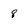
Character: 8